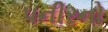
પનીરનો